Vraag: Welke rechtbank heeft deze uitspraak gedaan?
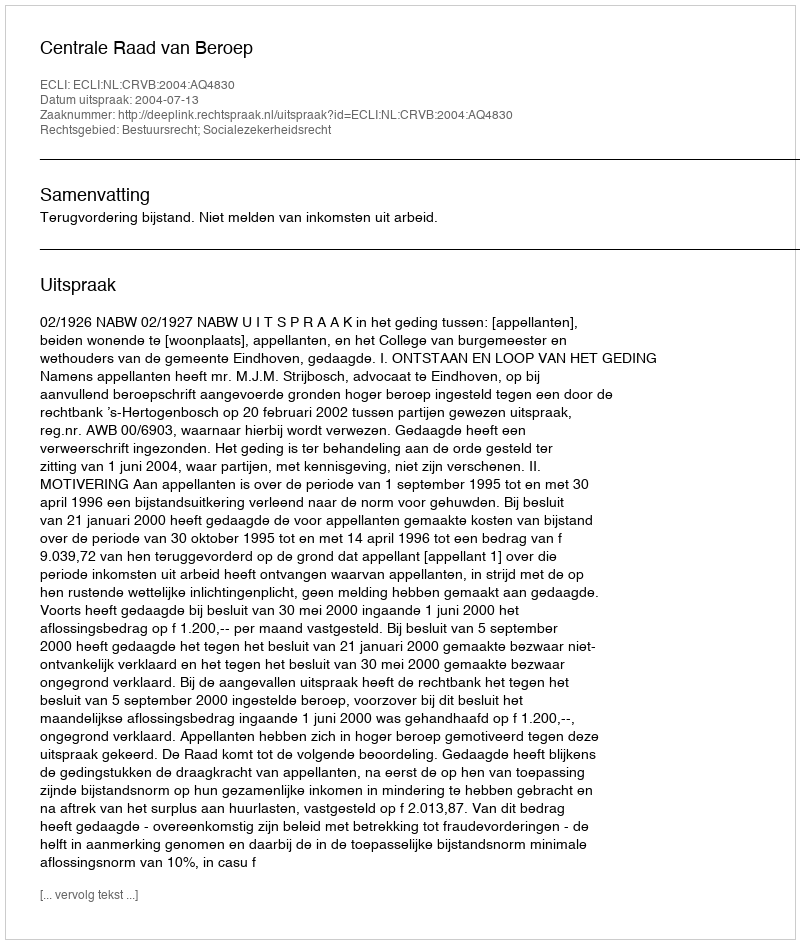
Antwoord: Centrale Raad van Beroep